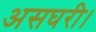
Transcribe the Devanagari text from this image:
असघरी।